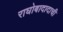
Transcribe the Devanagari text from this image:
राघोबादादाची